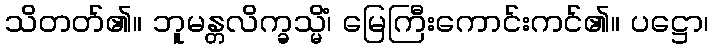
သိတတ်၏။ ဘူမန္တလိက္ခသ္မိံ၊ မြေကြီးကောင်းကင်၏။ ပဋ္ဌော၊